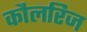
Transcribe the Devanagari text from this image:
कौलरिज